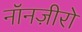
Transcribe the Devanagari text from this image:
नॉनज़ीरो